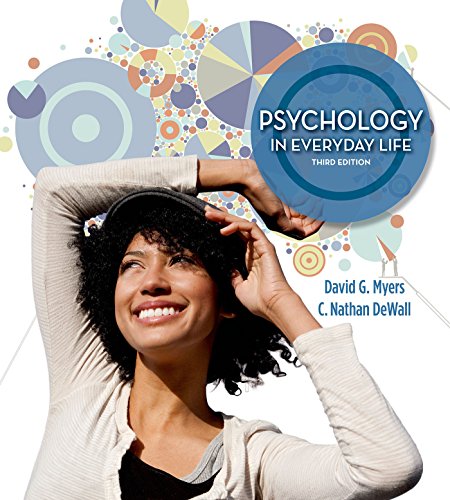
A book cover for Psychology in Everyday Life; David G. Myers; Medical Books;